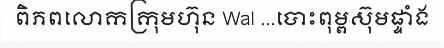
ពិភពលោកក្រុមហ៊ុន Wal ...បោះពុម្ពស៊ុមផ្ទាំង